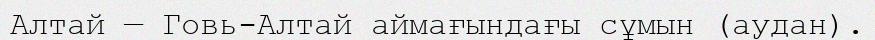
Алтай — Говь-Алтай аймағындағы сұмын (аудан).